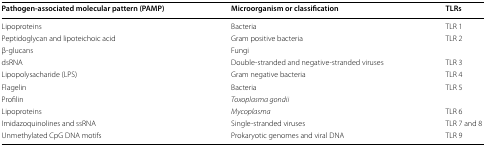
| Pathogen-associated molecular pattern (PAMP) | Microorganism or classification | TLRs |
 | --- | --- | --- |
 | Lipoproteins | Bacteria | TLR 1 |
 | Peptidoglycan and lipoteichoic acid | Gram positive bacteria | <ROWSPAN=2> TLR 2 |
 | β-glucans | Fungi |
 | dsRNA | Double-stranded and negative-stranded viruses | TLR 3 |
 | Lipopolysacharide (LPS) | Gram negative bacteria | TLR 4 |
 | Flagelin | Bacteria | <ROWSPAN=2> TLR 5 |
 | Profilin | Toxoplasma gondii |
 | Lipoproteins | Mycoplasma | TLR 6 |
 | Imidazoquinolines and ssRNA | Single-stranded viruses | TLR 7 and 8 |
 | Unmethylated CpG DNA motifs | Prokaryotic genomes and viral DNA | TLR 9 |